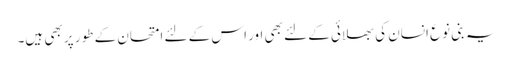
یہ بنی نوع انسان کی بھلائی کے لئے بھی اور اس کے لئے امتحان کے طور پر بھی ہیں۔